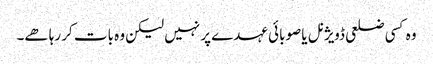
وہ کسی ضلعی ڈویژنل یا صوبائی عہدے پر نہیں لیکن وہ بات کر رہا ھے۔